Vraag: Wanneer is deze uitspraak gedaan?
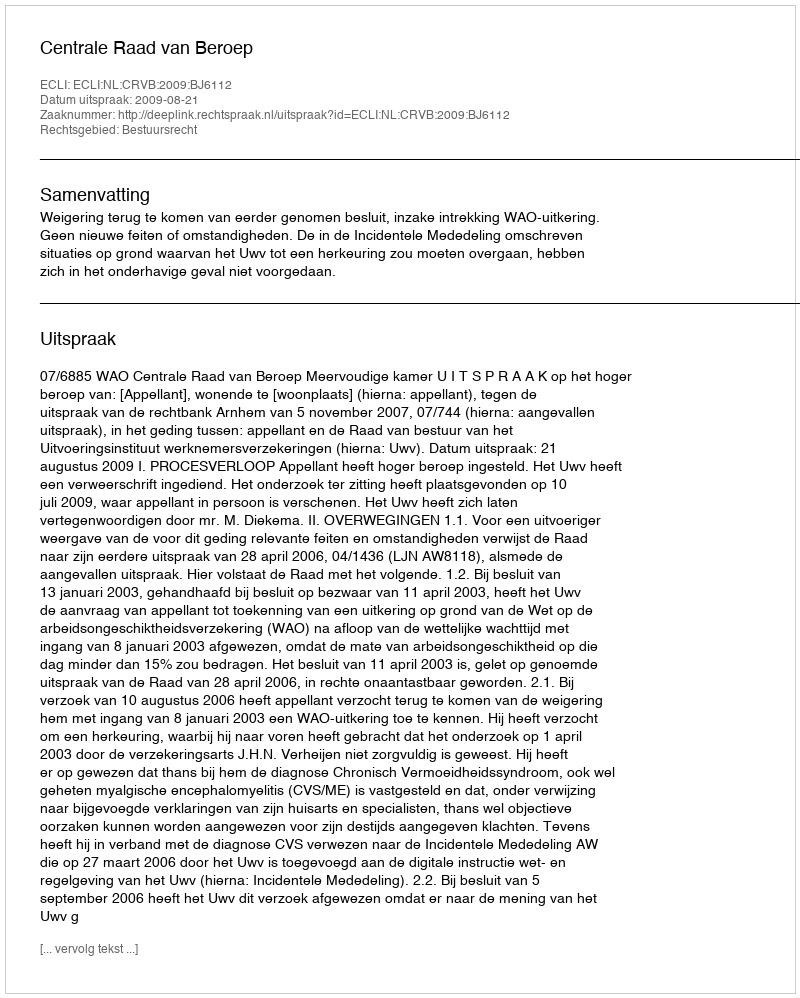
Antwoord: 2009-08-21